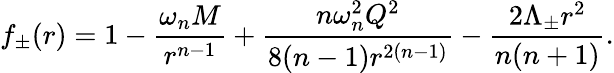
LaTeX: f_{\pm}(r)=1-\frac{\omega_{n}M}{r^{n-1}}+\frac{n\omega_{n}^{2}Q^{2}}{8(n-1)r^{2(n-1)}}-\frac{2\Lambda_{\pm}r^{2}}{n(n+1)}.